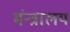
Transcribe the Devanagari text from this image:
मंन्त्रालय